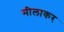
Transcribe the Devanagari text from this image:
मीलाकर